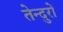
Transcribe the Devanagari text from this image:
तेन्दुरों